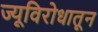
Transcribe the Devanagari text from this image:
ज्यूविरोधातून